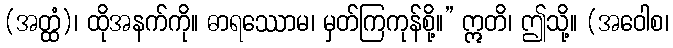
(အတ္ထံ)၊ ထိုအနက်ကို။ ဓာရဿောမ၊ မှတ်ကြကုန်စို့။” ဣတိ၊ ဤသို့။ (အဝေါစ၊